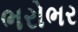
ભરોભર